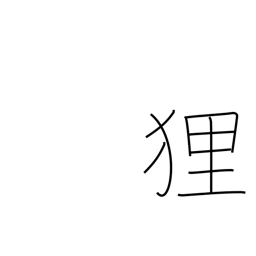
Meaning: raccoon